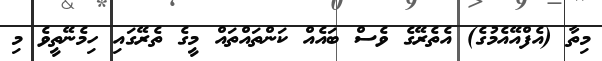
މިތާ (އެފްއޭއެމުގެ) އެތެރޭގެ ވެސް ބައެއް ކަންތައްތައް މީގެ ތެރޭގައި ހިމެނޭތީވެ މި